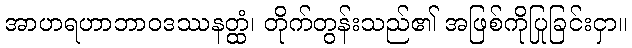
အာဟရဟာဘာဝဒဿနတ္ထံ၊ တိုက်တွန်းသည်၏ အဖြစ်ကိုပြုခြင်းငှာ။